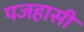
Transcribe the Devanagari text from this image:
पजहासी